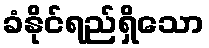
ခံနိုင်ရည်ရှိသော